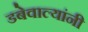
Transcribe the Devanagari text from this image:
डबेवाल्यांनी